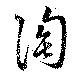
陶